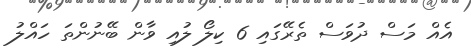
އެއް މަސް ދުވަސް ތެރޭގައި 6 ކިލޯ ލުއި ވާން ބޭނުންތަ ހައްލު